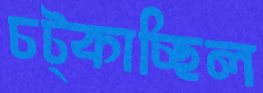
চট্‌কাচ্ছিল